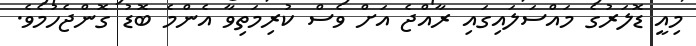
މިއީ ޑޮލަރުގެ މައްސަލައިގައި ރާއްޖެ އަށް ވެސް ކުރިމަތިވާ އެންމެ ބޮޑު ގޮންޖެހުމެވެ.